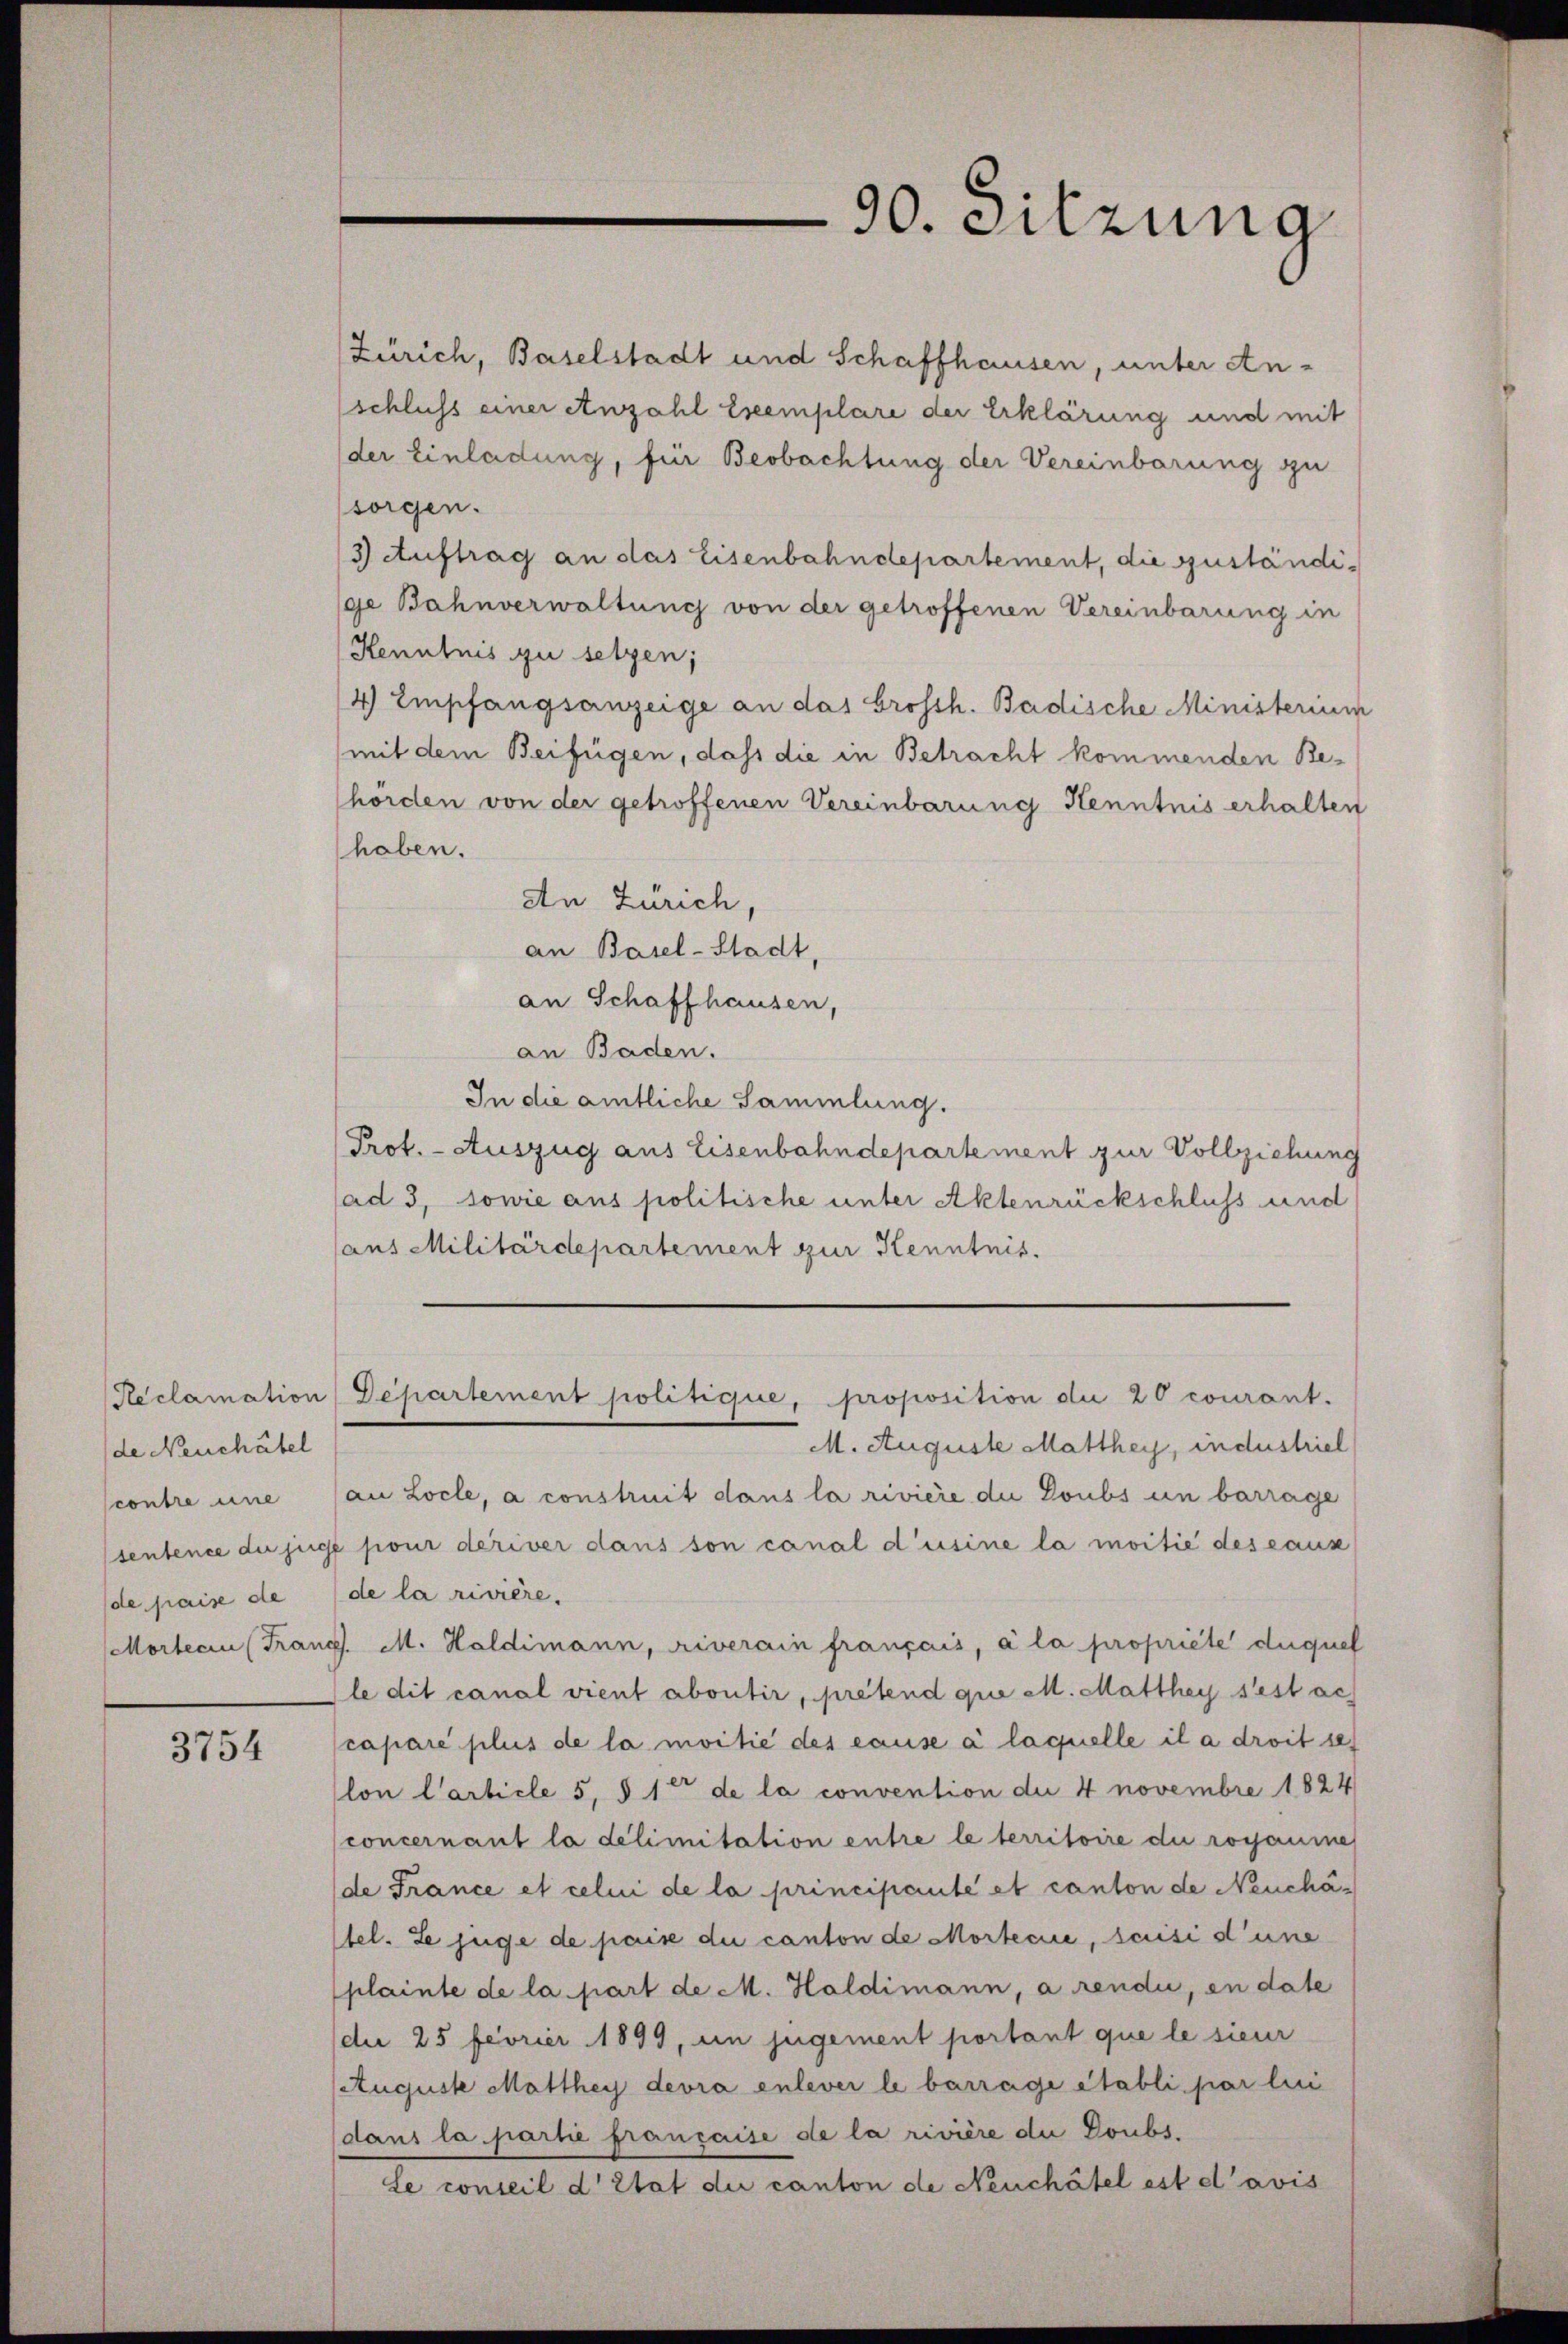
de Neuchâtel
contre eine
sentence der jure
de paise de
Morten (Frau

3754

Zürich, Baselstadt und Schaffhausen, unter An¬
(schluss einer Anzahl Exemplare der Erklärung und mit
der Einladung, für Beobachtung der Vereinbarung zu
sorgen.
3 Auftrag an das Eisenbahndepartement, die guständige Bahnverwaltung von der getroffenen Vereinbarung in
Kenntnis zu setzen;
4 Empfangsanzeige an das Grossh. Badische Ministerium
mit dem Beifügen, daß die in Betracht kommenden Behörden von der getroffenen Vereinbarung Kenntnis erhalten
haben.
An Zürich,
an Basel-Stadt,
an Schaffhausen,
an Baden.
In die amtliche Sammlung.
Prof. - Auszug aus Eisenbahndepartement zur Vollziehung
ad 3, sowie aus politische unter Aktenrückschluss und
aus Militärdepartement zur Kenntnis.

90. Sitzung

Reclamation Departement politique, proposition die 20 courant.
M. Auguste Matthey, industriel

an Locle, a construit dans la rivière die Doubs un barrage
 pour deriver dans son canal d’usine la moitié des caus
de la rivière.
p. M. Haldimann, riverain français, à la propriété duquel
le dit canal vient abontir, pretend quo M. Matthey s’est ac
capare plus de la moitié des cause à laquelle il a droit se
lon Carticle 5, § 1 de la convention die 4 novembre 1824
concernant la delimitation entre le territoire di rogaume
de France et celui de la principauté et canton de Neuchätel. Le juge de paix du canton de Morteciie, scisi d’une
plainte de la part de M. Haldimann, a rendii, en date
dee 25 feorier 1899, in jugement portant que le sieur
Auguste Matthey devra enlever le barrage Stabli par lui
dans la partie française de la rivière die Doubs¬
Le conseil d’Etat die canton de Neuchâtel est d’avis